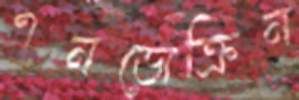
এনডোক্রিন